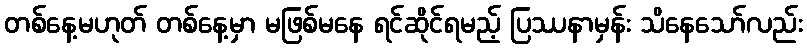
တစ်နေ့မဟုတ် တစ်နေ့မှာ မဖြစ်မနေ ရင်ဆိုင်ရမည့် ပြဿနာမှန်း သိနေသော်လည်း